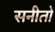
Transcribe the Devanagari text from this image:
सनीतो